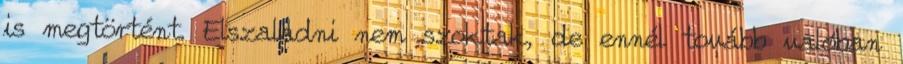
is megtörtént. Elszaladni nem szoktak, de ennél tovább valóban